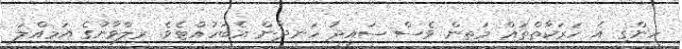
ހިންގި އެ ހަރަކާތްތައް މަތިން ވެސް ސައީދު ހަނދާން އެބަހުއްޓެވެ. ރިލްވާނުގެ އަމިއްލަ